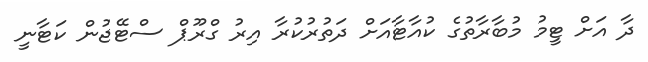
ދާ އަށް ޓީމު މުބާރާތުގެ ކުއާޓާއަށް ދަތުރުކުރާ އިރު ގްރޫޕް ސްޓޭޖުން ކަޓާނީ